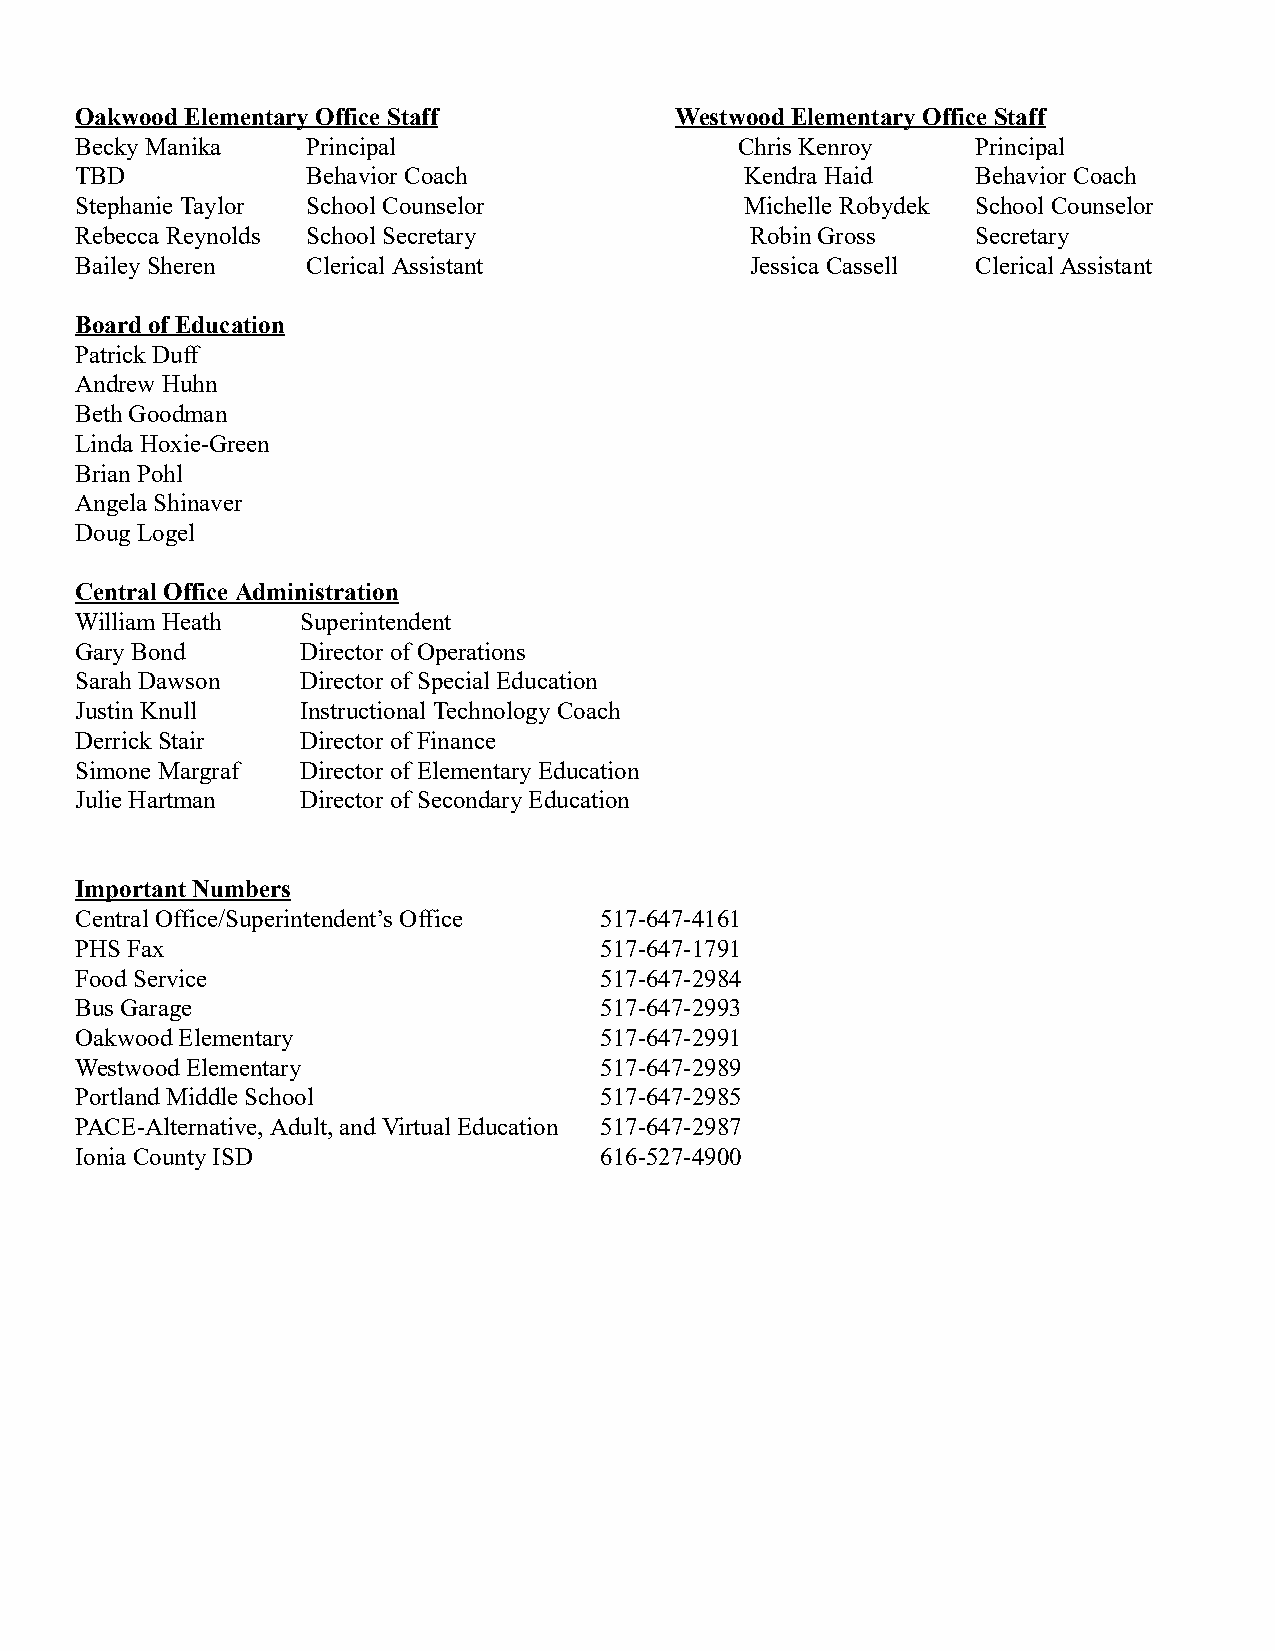
Oakwood Elementary Office Staff         Westwood Elementary Office Staff
 Becky Manika   Principal                    Chris K enroy   Principal
 TBD            Behavior Coach               Kendra Haid     Behavior Coach
 Stephanie Taylor School Counselor           Michelle Robydek School C ounselor
 Rebecca Reynolds School Secretary            Robin G ross   Secretary
 Bailey Sheren  Clerical Assistant            Jessica C assell Clerical A ssistant
 Board of Education
 Patrick Duff
 Andrew Huhn
 Beth Goodman
 Linda Hoxie-Green
 Brian Pohl
 Angela Shinaver
 Doug Logel
 Central Office Administration
 William Heath  Superintendent
 Gary Bond      Director of Operations
 Sarah Dawson   Director of Special Education
 Justin Knull   Instructional Technology Coach
 Derrick Stair  Director of Finance
 Simone Margraf Director of Elementary Education
 Julie Hartman  Director of Secondary Education
 Important Numbers
 Central Office/Superintendent’s Office 517-647-4161
 PHS Fax                            517-647-1791
 Food Service                       517-647-2984
 Bus Garage                         517-647-2993
 Oakwood Elementary                 517-647-2991
 Westwood Elementary                517-647-2989
 Portland Middle School             517-647-2985
 PACE-Alternative, Adult, and Virtual Education 517-647-2987
 Ionia County ISD                   616-527-4900